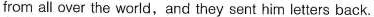
from all over the world,and they sent him letters back.